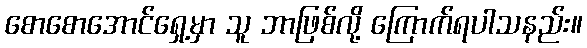
စောစောအောင်ရှေ့မှာ သူ ဘာဖြစ်လို့ ကြောက်ရပါသနည်း။